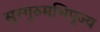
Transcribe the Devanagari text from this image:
सुरगुरुमभिपूज्य